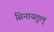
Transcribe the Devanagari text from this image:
सिनायतुल्